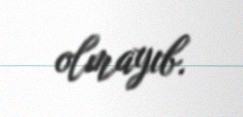
olmayıb.